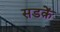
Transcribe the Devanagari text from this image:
सडक़ें